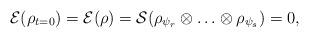
LaTeX: \begin{align*}\mathcal{E}(\rho_{t=0}) = \mathcal{E}(\rho) = \mathcal{S}(\rho_{\psi_r} \otimes \ldots \otimes \rho_{\psi_s}) = 0,\end{align*}